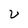
Character: U